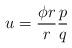
LaTeX: \begin{gather*}u= \frac{\phi r}{r} \frac{p}{q}\end{gather*}